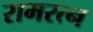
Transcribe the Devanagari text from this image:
रामरत्‍न